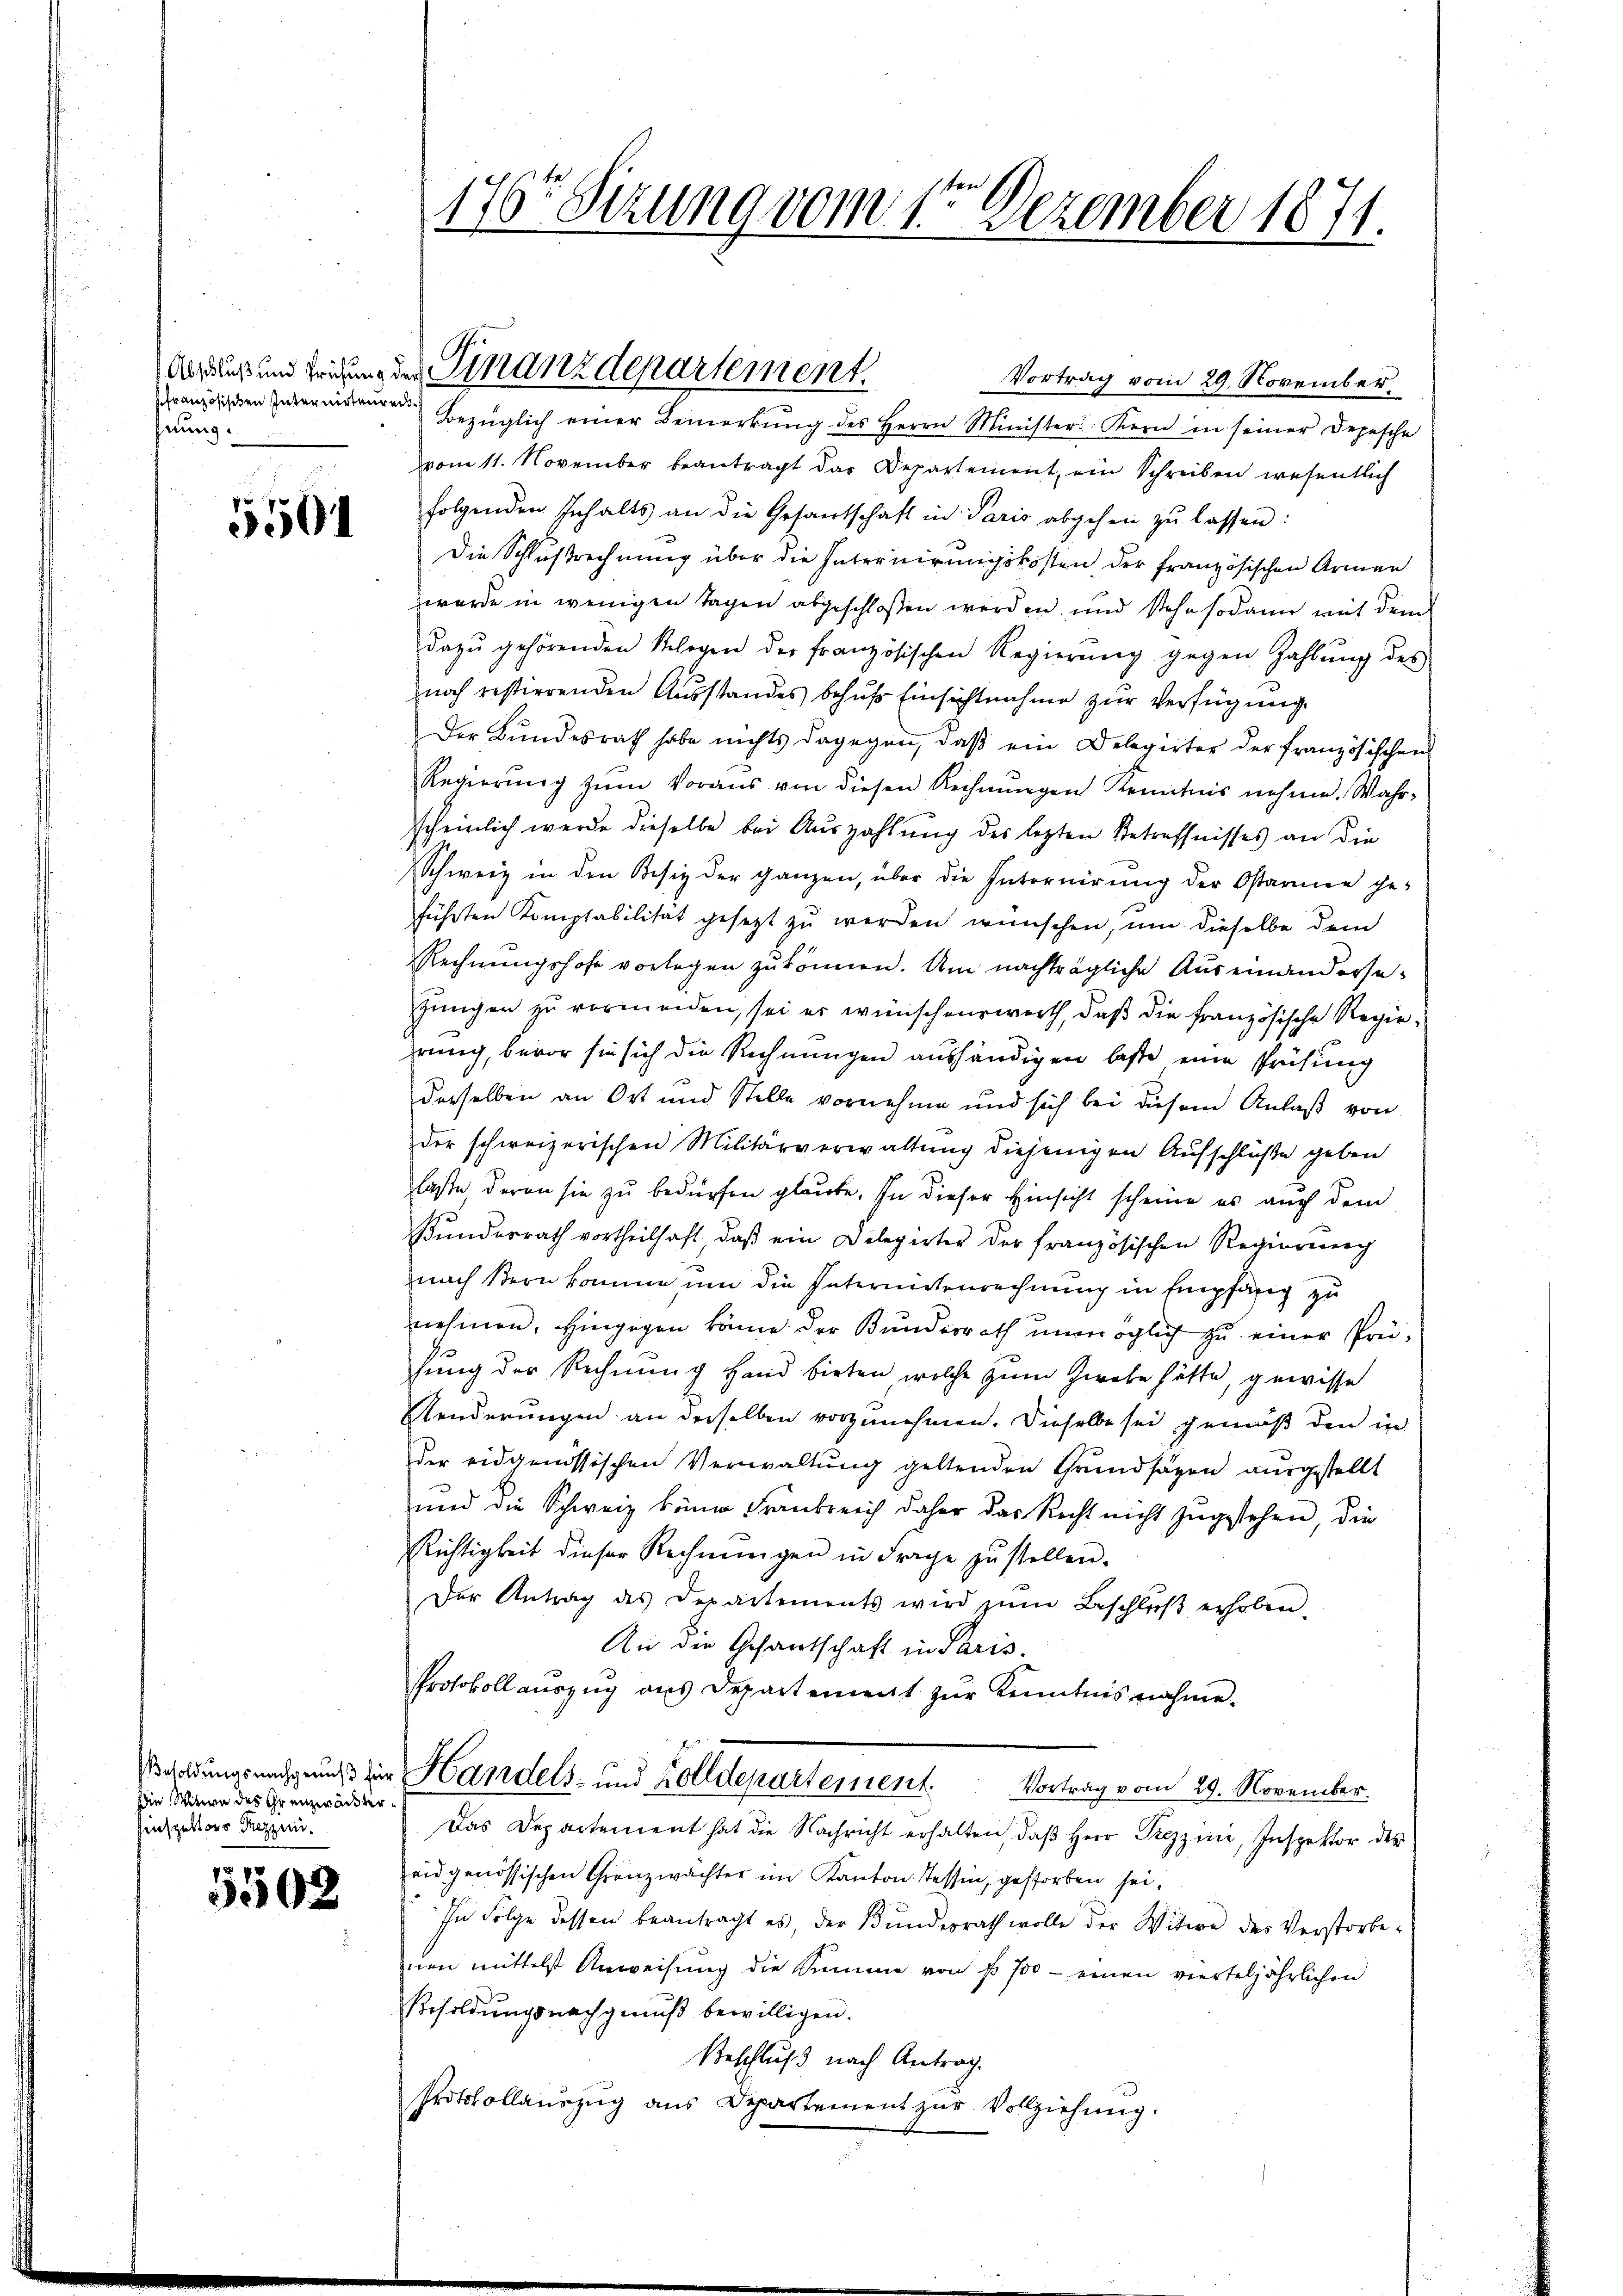
französischen Internirtenrechhnung.

5501

Die Mitern des Grenzwärter¬
Einspektors Rezzen.

5502

176 Sizung vom 1te͇n Dezember 1871.

Vortrag vom 29. November
Bezüglich einer Bemerkŭng des Herrn Minister Kern in seiner Depesche
vom 11. November beantragt das Departement, ein Schreiben wesentlich
folgenden Inhalts an die Gesantschaft in Paris abgehen zŭ lassen:
Die Schlußrechnung über die Internirungskosten der französischen Armen
werde in wenigen Tagen abgeschloßen werden, und stehe sodann mit dem
dazŭ gehörenden Relegen der französischen Regierŭng gegen Zahlŭng des
noch restierenden Ausstandes behufs Einsichtnahme zur Verfügung
Der Bundesrath habe nichts dagegen, daß ein Delegirter der französischen
Regierŭng zŭm Voraus von diesen Rechnŭngen Kenntnis nahme. Wahr-
scheinlich werde dieselbe bei Auszahlung des lezten Betreffnisses an die
Schweiz in den Besiz der ganzen, über die Internirung der Ostarinen ge-
führten Komptabilität gesetzt zu werden wünschen, um dieselbe dem
Rechnungshofe vorlegen zu können. Am nachträgliche Auseinandersejungen zu vermeiden, sei er wünschenswerth, daß die französische Regieirung, bevor sie sich die Rechnungen aushändigen lasse eine Prüfung
derselben an Ort und Stelle vornehme und sich bei diesem Anlaβ von
der schweizerischen Militärverwaltung diejenigen Aufschlüße geben
lasse, daran sie zu bedürfen glaube. In dieser Hinsicht scheine es auch dem
Bundesrath vortheilhaft, daß ein Delegirter der französischen Regierenrech
nach Bern komme um die Intermietenrechnung in Empfänig zu
nehmen, Hingegen könne der Bundesrath unmöglich zu einer Prühung der Rechnung Hand bieten, welche zum Zwebe hätte, gewisse
Aenderungen an derselben vorzunehmen. Dieselbe sei gemäß den in
der eidgenössischen Verwaltung geltenden Grundsätzen ausgestellt
und die Schweiz köne Frankreich daher das Recht nicht zugestehen, die
Richtigkeit dieser Rechnungen in Frage zŭ stellen.
Der Antrag des Departements wird zŭm Beschlŭβ erhoben,
An die Gesantschaft in Paris.
Protokoll auszug aus Departement zŭr Kenntnisnahme.
goldungsnachgerung zur Handels- und Zolldepartement. Vortrag vom 29. November.
Das Departement hat die Nachricht erhalten, daβ Herr Prezzi, Inspektor der
eidgenössischen Grenzwachter im Kanton Tessin, gestorben sei,
In Folge dessen beantragt es, der Bundesrath wolle der Witwe des Verstorbe-
nen mittelst Anweisung die Summe von so 700 - einen vierteljährlichen
Besoldŭngsnachgenŭβ bewilligen.
Beschluß nach Antrag.
Protokollauszug aus Departement zur Vollziehung

dares und tribung der Finanzdepartement.